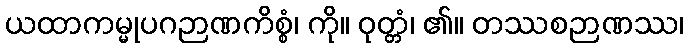
ယထာကမ္မုပဂဉာဏကိစ္စံ၊ ကို။ ဝုတ္တံ၊ ၏။ တဿစဉာဏဿ၊